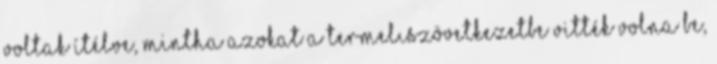
voltak ítélve, mintha azokat a termelıszövetkezetbe vitték volna be,